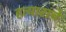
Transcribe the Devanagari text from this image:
हत्यारांचे